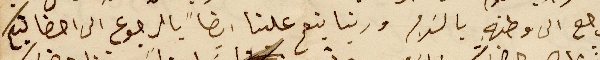
يرجع الى وطنهِ بالسَلام وربنا ينعم علينا ايضاً بالرجوع الى احضانكم